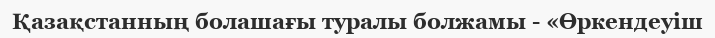
Қазақстанның болашағы туралы болжамы - «Өркендеуіш